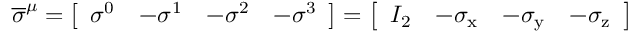
{ \overline { { \sigma } } } ^ { \mu } = { \left[ \begin{array} { l l l l } { \sigma ^ { 0 } } & { - \sigma ^ { 1 } } & { - \sigma ^ { 2 } } & { - \sigma ^ { 3 } } \end{array} \right] } = { \left[ \begin{array} { l l l l } { I _ { 2 } } & { - \sigma _ { \mathrm { x } } } & { - \sigma _ { \mathrm { y } } } & { - \sigma _ { \mathrm { z } } } \end{array} \right] }